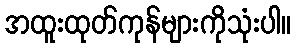
အထူးထုတ်ကုန်များကိုသုံးပါ။